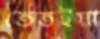
তেতইয়া